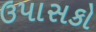
ઉપાસકો